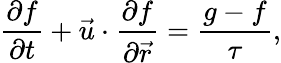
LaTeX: \frac{{\partial{f}}}{{\partial t}}+{\vec{u}}\cdot\frac{{\partial{f}}}{{\partial{\vec{r}}}}=\frac{g-f}{\tau},